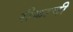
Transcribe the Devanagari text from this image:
रीकाची